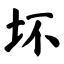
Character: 坏